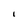
Character: I